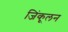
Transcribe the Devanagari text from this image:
जिंकूलन